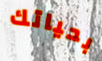
بحياتك